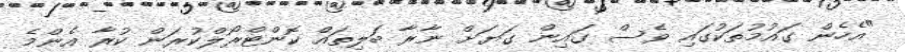
"އެހެން ގައުމުތަކުގައި ވެސް ގައިން ގަޔަށް ނާރާ ބަލިތައް ކޮންޓްރޯލްކުރަން ކުރާ އެންމެ